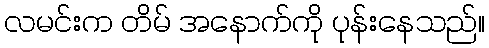
လမင်းက တိမ် အနောက်ကို ပုန်းနေသည်။